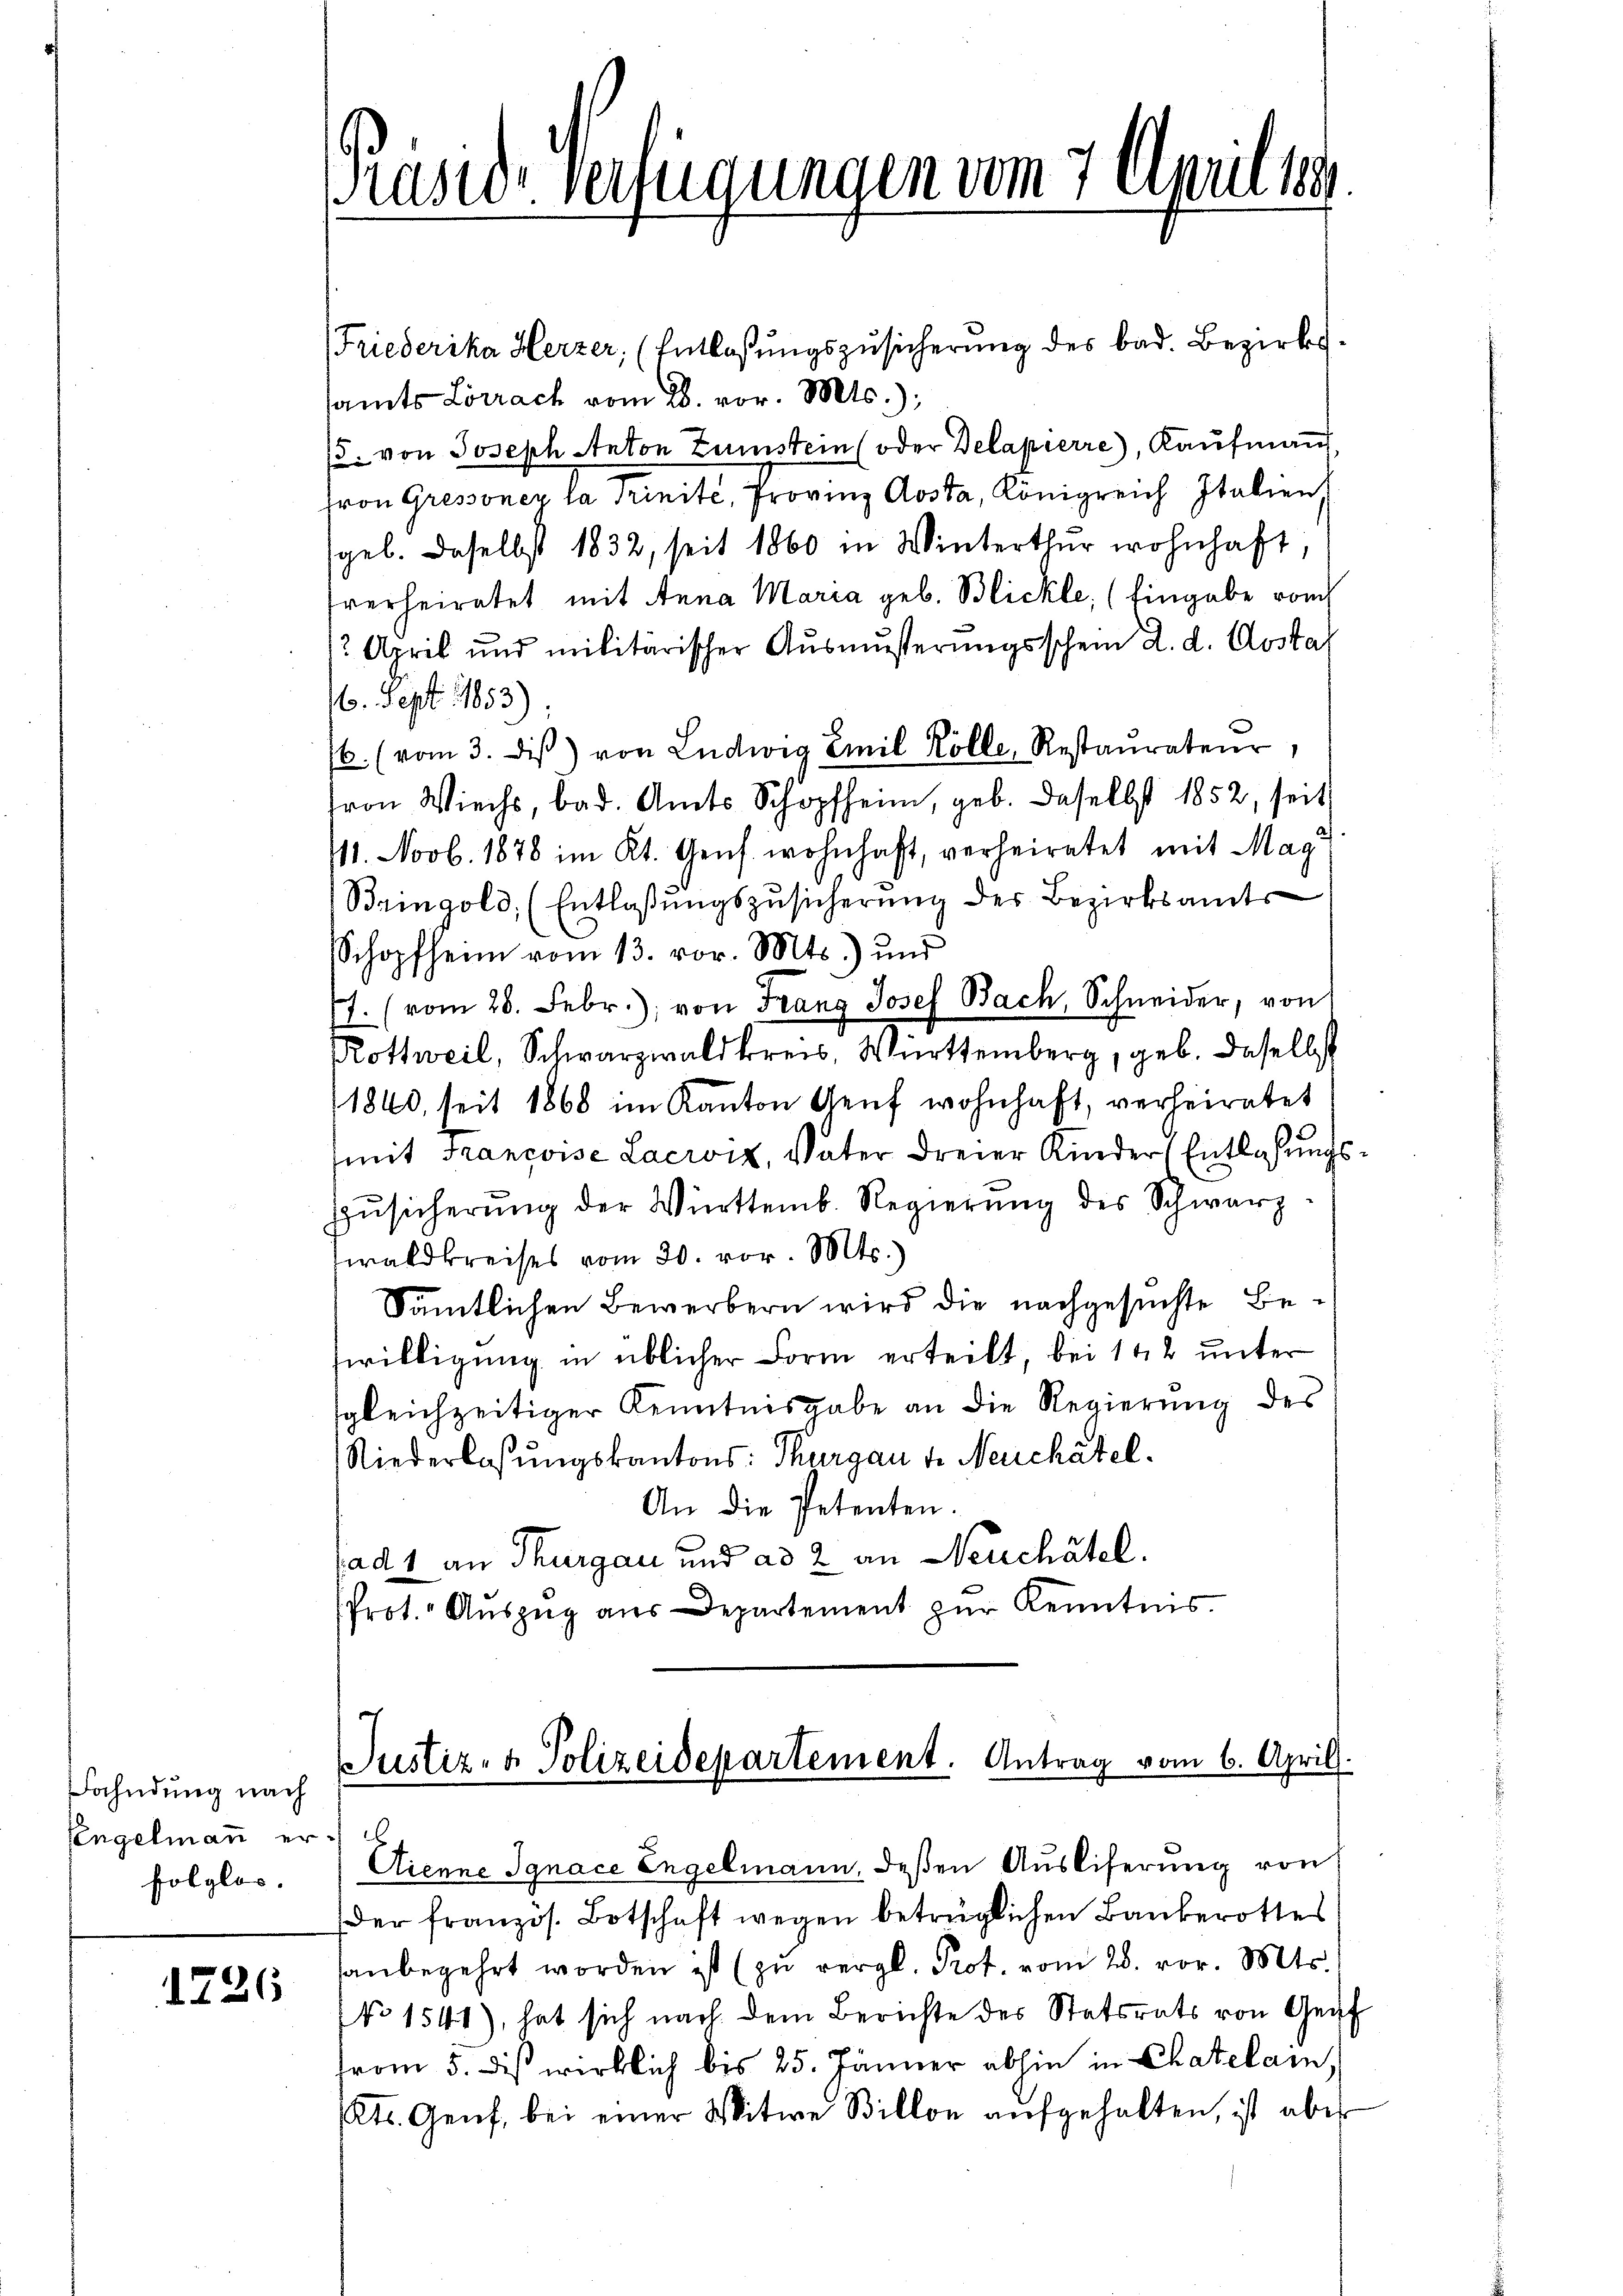
Fahndung nach
fengelmann erfolglos.

1726

Präsid. Verfügungen vom 7. Aprillen

Friederika Herzer (Entlassŭngszŭsicherŭng des bad. Bezirks-
samts Lörrach vom 28. vor. Mts.);
/5. von Joseph Anton Zumstein (oder Delapierre), Kaŭfmaṅ
fron Gressoney la Trinité, Provinz Aosta, Königreich Italien,
sgel. Daselbst 1832, seit 1860 in Winterthur wohnhaft,
verheiratet mit Anna Maria geb. Blickle, (Eingabe von
2 April und militärischer Aŭsmŭsserŭngsschein d. d. Aosta
1. Sept. 1853).
/6. (vom 3. diβ) von Ludwig Emil Kolle, Restaŭrateur,
ron Wiechs, bad. Amts Schopfheim, geb. daselbst 1852, seit
711. Novb. 1878 im Kt. Genf. wohnhaft, verheiratet mit Mag
Bringold (Entlassŭngszŭsicherŭng des Bezirksamts
Schopfheim vom 13. vor. Mts.) und
. (vom 28. Febr.), von Franz Josef Bach, Schneider, von
Rothweil, Schwarzwaldkreis, Württemberg, geb. daselbst
1840, seit 1868 im Kanton Genf wohnhaft, verheiratet
(mit Françoise Lacroix, Vater dreier Kinder Entlaßungs¬
Zŭsicherŭng der Württemb. Regierŭng des Schwarz
waldkreises vom 30. vor. Mts.
Sämtlichen Bewerbern wird die nachgesuchte Bewilligung in üblicher Form erteilt, bei 142 unter
sgleichzeitiger Kenntnisgabe an die Regierung des
Niederlassŭngskantons Thurgau v. Neuchâtel.
An die Petenten.
sad 1 an Thurgau und ad 2 an Neuchâtel.
Prot. Auszug aus Departement zur Kenntnis.

Justiz- & Polizeidepartement. Antrag vom 6. April.

Aienne Ignace Engelmann, deßen Ausliferung von
der französ. Botschaft wegen betrüglichen Bankerottes
anbegehrt worden ist (zu vergl. Prot. vom 28. vor. Mts.
NNo 1541), hat sich nach dem Berichte des Statsrats von Gent
from 5. dis wirklich bis 25. Jänner abhin in Chatelam,
Kts. Genf, bei einer Witwe Billon aŭfgehalten, ist aber